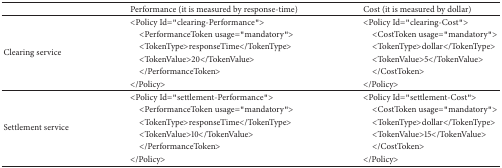
<table><thead><tr><td><b> </b></td><td><b>Performance (it is measured by response-time)</b></td><td><b>Cost (it is measured by dollar)</b></td></tr></thead><tbody><tr><td rowspan="6">Clearing service</td><td>&lt;Policy Id=&quot;clearing-Performance&quot;&gt;</td><td>&lt;Policy Id=&quot;clearing-Cost&quot;&gt;</td></tr><tr><td> &lt;PerformanceToken usage=&quot;mandatory&quot;&gt;</td><td> &lt;CostToken usage=&quot;mandatory&quot;&gt;</td></tr><tr><td> &lt;TokenType&gt;responseTime&lt;/TokenType&gt;</td><td> &lt;TokenType&gt;dollar&lt;/TokenType&gt;</td></tr><tr><td> &lt;TokenValue&gt;20&lt;/TokenValue&gt;</td><td> &lt;TokenValue&gt;5&lt;/TokenValue&gt;</td></tr><tr><td> &lt;/PerformanceToken&gt;</td><td> &lt;/CostToken&gt;</td></tr><tr><td>&lt;/Policy&gt;</td><td>&lt;/Policy&gt;</td></tr><tr><td rowspan="6">Settlement service</td><td>&lt;Policy Id=&quot;settlement-Performance&quot;&gt;</td><td>&lt;Policy Id=&quot;settlement-Cost&quot;&gt;</td></tr><tr><td> &lt;PerformanceToken usage=&quot;mandatory&quot;&gt;</td><td> &lt;CostToken usage=&quot;mandatory&quot;&gt;</td></tr><tr><td> &lt;TokenType&gt;responseTime&lt;/TokenType&gt;</td><td> &lt;TokenType&gt;dollar&lt;/TokenType&gt;</td></tr><tr><td> &lt;TokenValue&gt;10&lt;/TokenValue&gt;</td><td> &lt;TokenValue&gt;15&lt;/TokenValue&gt;</td></tr><tr><td> &lt;/PerformanceToken&gt;</td><td> &lt;/CostToken&gt;</td></tr><tr><td>&lt;/Policy&gt;</td><td>&lt;/Policy&gt;</td></tr></tbody></table>